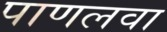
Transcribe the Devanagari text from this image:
पाणलवा